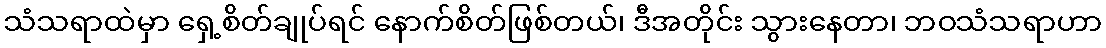
သံသရာထဲမှာ ရှေ့စိတ်ချုပ်ရင် နောက်စိတ်ဖြစ်တယ်၊ ဒီအတိုင်း သွားနေတာ၊ ဘဝသံသရာဟာ